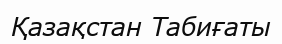
Қазақстан Табиғаты